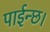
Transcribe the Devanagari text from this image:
पाईन्छ।